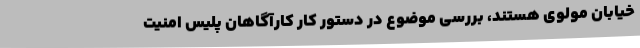
خیابان مولوی هستند، بررسی موضوع در دستور کار کارآگاهان پلیس امنیت